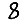
Digit: 8